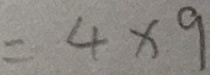
= 4 \times 9